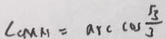
\angle C M N = \arccos \frac { \sqrt { 3 } } { 3 }